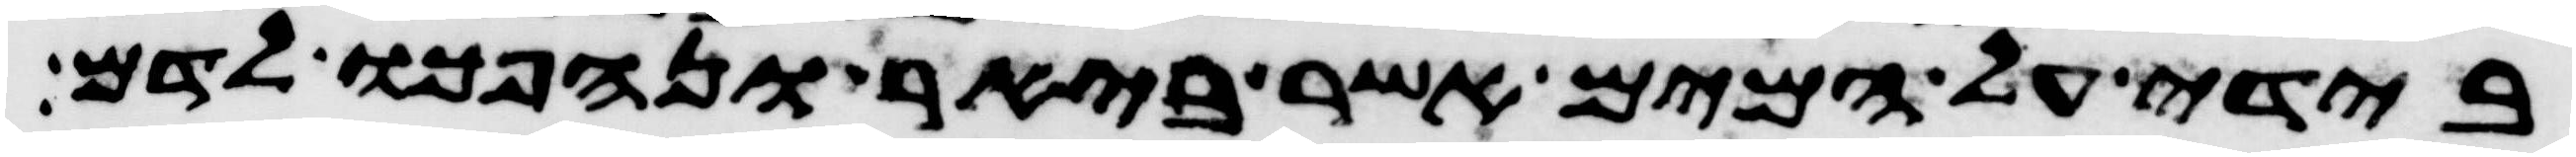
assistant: בידי על המים אשר ביאר ונהפכו לדם